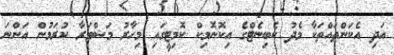
އަދި އެކަންތައްތަކާ މެދު ކެބިނެޓްގެ އިކޮނޮމިކް ކޮމިޓީގައި މިހާރު މަޝްވަރާ ކުރަމުން އަންނަ